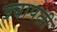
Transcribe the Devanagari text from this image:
उचापती